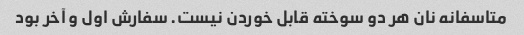
متاسفانه نان هر دو سوخته قابل خوردن نیست. سفارش اول و آخر بود